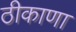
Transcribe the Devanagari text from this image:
ठीकाणा